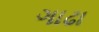
ગાઢા